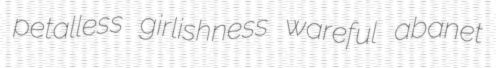
petalless girlishness wareful abanet